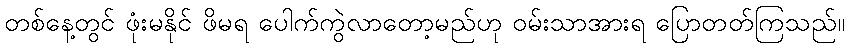
တစ်နေ့တွင် ဖုံးမနိုင် ဖိမရ ပေါက်ကွဲလာတော့မည်ဟု ဝမ်းသာအားရ ပြောတတ်ကြသည်။